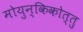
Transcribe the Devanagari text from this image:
मोयुन्किकोत्तु